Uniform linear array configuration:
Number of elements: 8
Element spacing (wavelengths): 0.5
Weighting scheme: exponential
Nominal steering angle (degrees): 60
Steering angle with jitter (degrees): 58.291
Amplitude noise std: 0.05
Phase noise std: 0.05

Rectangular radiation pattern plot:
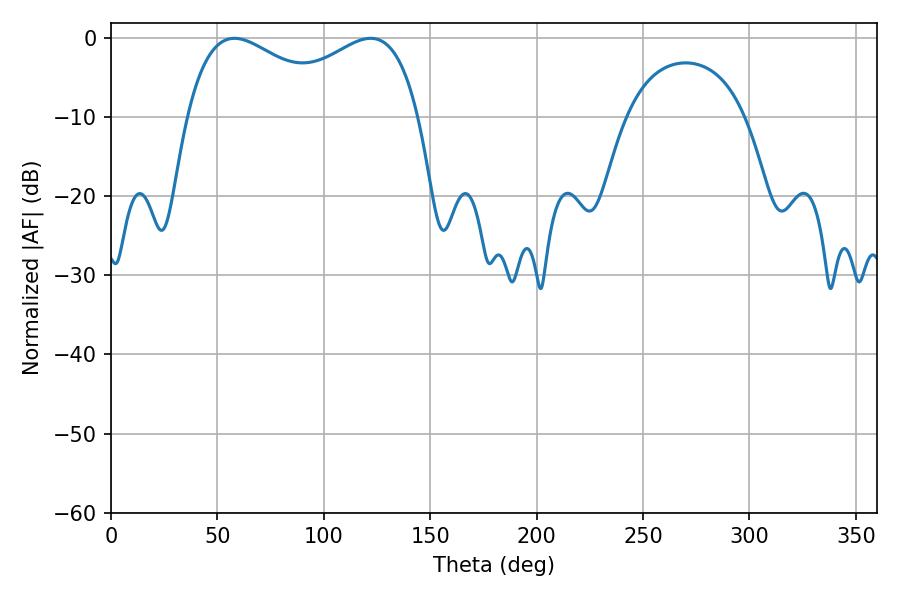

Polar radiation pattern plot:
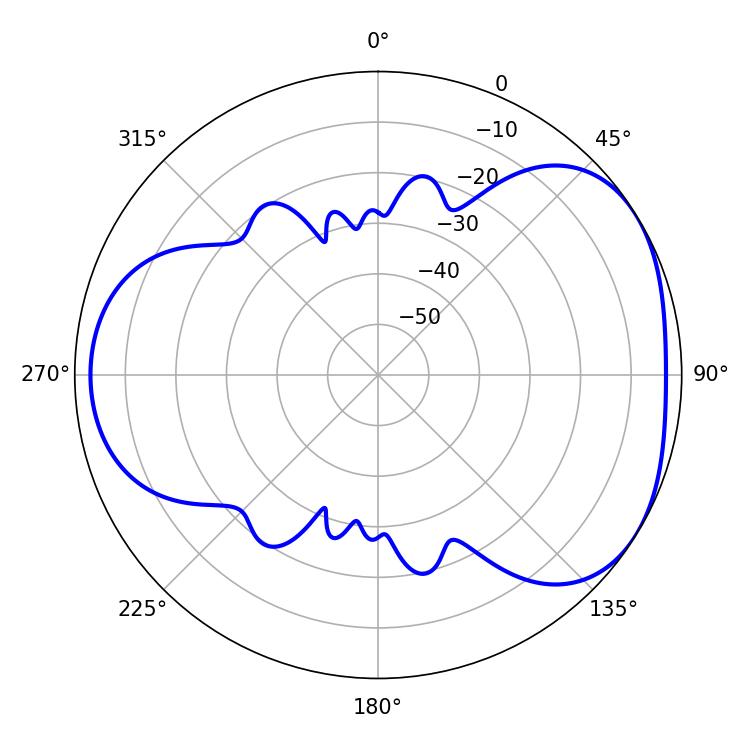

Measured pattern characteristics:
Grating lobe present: FALSE
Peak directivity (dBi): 4.124
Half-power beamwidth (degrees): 41.58
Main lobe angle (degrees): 57.96